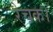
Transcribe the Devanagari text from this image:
रेचक।